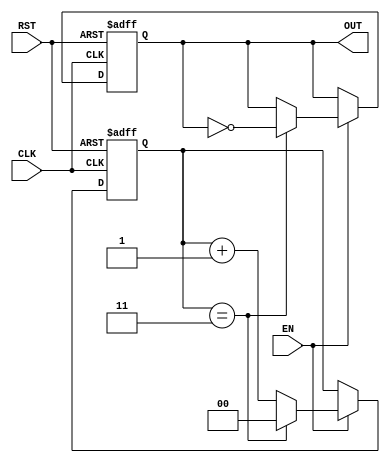
module FrequencyDividerCounter #(
    parameter N = 4 // Division factor (can be changed as needed)
)(
    input wire CLK,    // Input clock signal
    input wire RST,    // Asynchronous reset signal
    input wire EN,     // Enable signal
    output reg OUT     // Output signal
);

    reg [$clog2(N)-1:0] counter; // Counter to keep track of clock cycles

    // Asynchronous reset and counter logic
    always @(posedge CLK or posedge RST) begin
        if (RST) begin
            counter <= 0; // Reset counter
            OUT <= 0;     // Reset output
        end else if (EN) begin
            if (counter == N-1) begin
                counter <= 0; // Reset counter
                OUT <= ~OUT;   // Toggle output
            end else begin
                counter <= counter + 1; // Increment counter
            end
        end
    end

endmodule